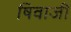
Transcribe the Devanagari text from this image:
षिवाजी